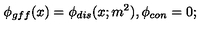
\phi _ { g f f } ( x ) = \phi _ { d i s } ( x ; m ^ { 2 } ) , \phi _ { c o n } = 0 ;